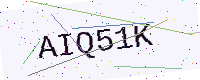
Text: AIQ51K